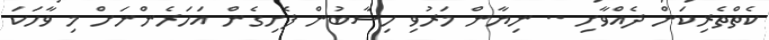
ކެތްތެރިކަން ދެއްވާށި .. ނިޔާން މަރުވި ހިސާބުން ފެށިގެން އަހަރެންނަށް މި ވާހަކަ